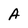
Character: A